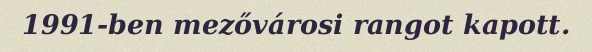
1991-ben mezővárosi rangot kapott.